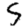
Digit: 5